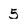
Character: 5